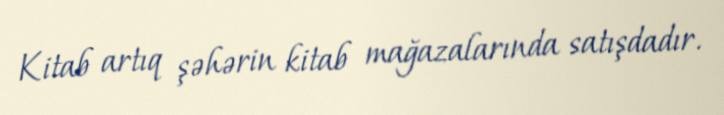
Kitab artıq şəhərin kitab mağazalarında satışdadır.